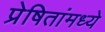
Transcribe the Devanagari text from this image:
प्रेषितांमध्ये